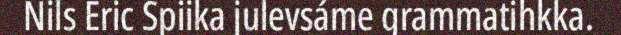
Nils Eric Spiika julevsáme grammatihkka.